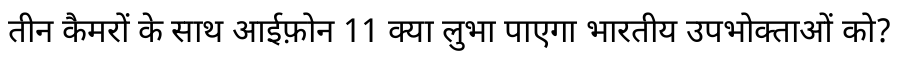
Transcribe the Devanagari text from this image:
तीन कैमरों के साथ आईफ़ोन 11 क्या लुभा पाएगा भारतीय उपभोक्ताओं को?